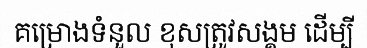
គម្រោងទំនួល ខុសត្រូវសង្គម ដើម្បី